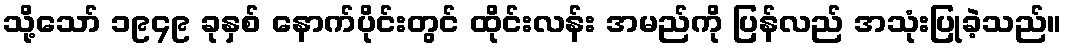
သို့သော် ၁၉၄၉ ခုနှစ် နောက်ပိုင်းတွင် ထိုင်းလန်း အမည်ကို ပြန်လည် အသုံးပြုခဲ့သည်။